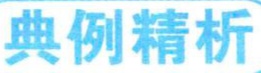
典例精析